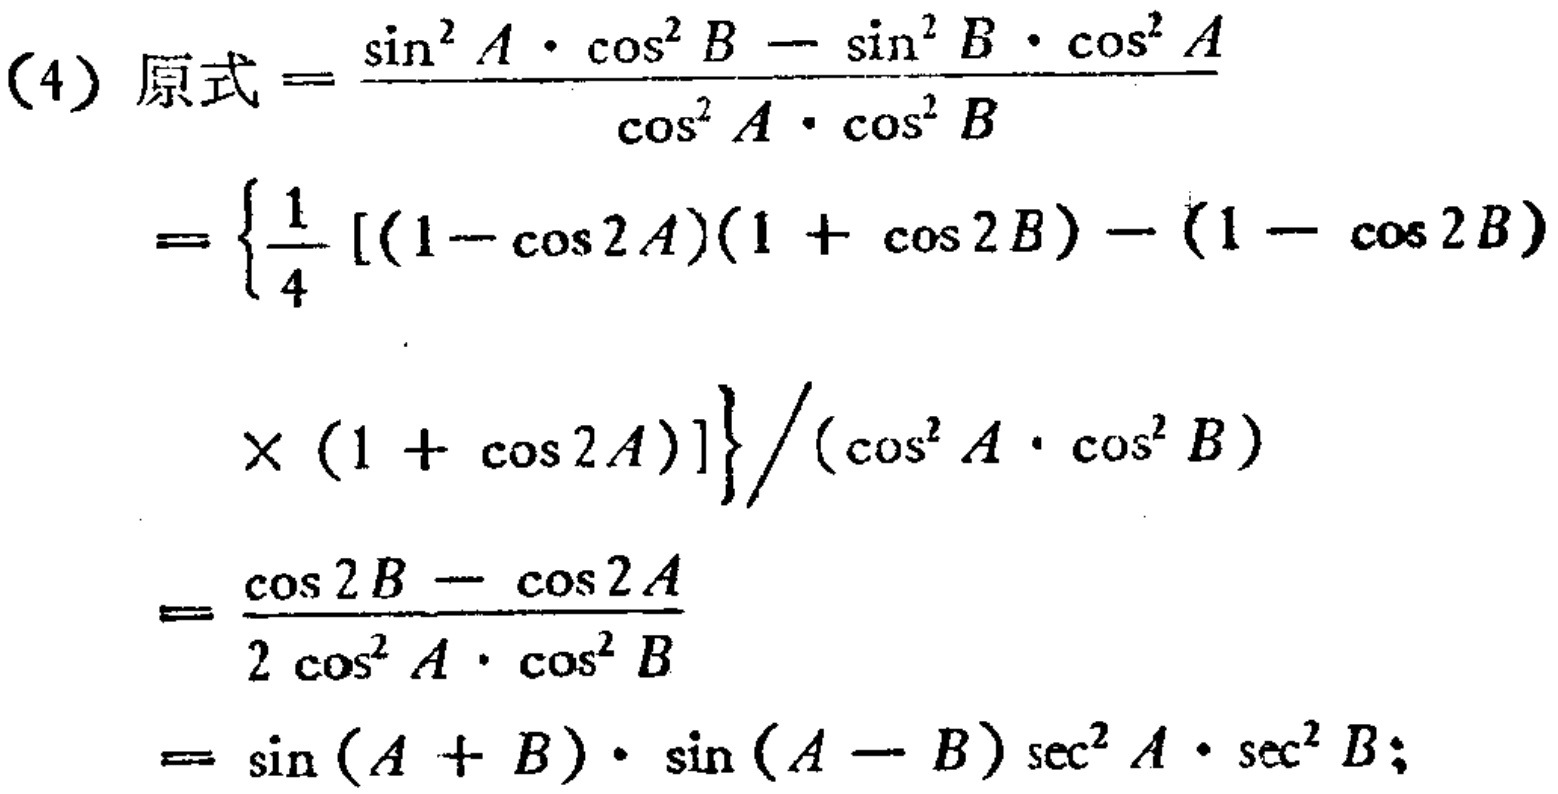
\begin{align*}

(4)\ 原式&=\frac{\sin^{2}A\cdot\cos^{2}B - \sin^{2}B\cdot\cos^{2}A}{\cos^{2}A\cdot\cos^{2}B}\\

&=\left\{\frac{1}{4}[(1 - \cos2A)(1 + \cos2B)-(1 - \cos2B)\right.\\

&\left.\times(1 + \cos2A)]\right\}/(\cos^{2}A\cdot\cos^{2}B)\\

&=\frac{\cos2B - \cos2A}{2\cos^{2}A\cdot\cos^{2}B}\\

&=\sin(A + B)\cdot\sin(A - B)\sec^{2}A\cdot\sec^{2}B;

\end{align*}